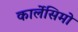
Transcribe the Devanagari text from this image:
कार्लेसिमो